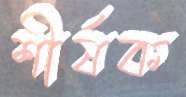
শীর্ষক